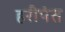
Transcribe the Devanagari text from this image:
हरीपंत